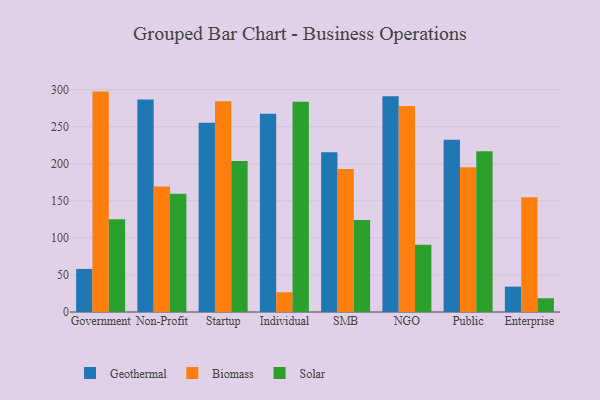
{"axis": {"x": "Segment", "y": "Waste Production (Tons)"}, "legend": ["Biomass", "Geothermal", "Solar"], "data": [{"x": "Government", "y": 58.1, "type": "Geothermal"}, {"x": "Government", "y": 297.4, "type": "Biomass"}, {"x": "Government", "y": 125.0, "type": "Solar"}, {"x": "Non-Profit", "y": 286.9, "type": "Geothermal"}, {"x": "Non-Profit", "y": 169.2, "type": "Biomass"}, {"x": "Non-Profit", "y": 159.5, "type": "Solar"}, {"x": "Startup", "y": 255.4, "type": "Geothermal"}, {"x": "Startup", "y": 284.3, "type": "Biomass"}, {"x": "Startup", "y": 203.6, "type": "Solar"}, {"x": "Individual", "y": 267.4, "type": "Geothermal"}, {"x": "Individual", "y": 26.7, "type": "Biomass"}, {"x": "Individual", "y": 283.7, "type": "Solar"}, {"x": "SMB", "y": 215.5, "type": "Geothermal"}, {"x": "SMB", "y": 192.8, "type": "Biomass"}, {"x": "SMB", "y": 124.3, "type": "Solar"}, {"x": "NGO", "y": 291.0, "type": "Geothermal"}, {"x": "NGO", "y": 278.0, "type": "Biomass"}, {"x": "NGO", "y": 90.7, "type": "Solar"}, {"x": "Public", "y": 232.4, "type": "Geothermal"}, {"x": "Public", "y": 195.4, "type": "Biomass"}, {"x": "Public", "y": 216.9, "type": "Solar"}, {"x": "Enterprise", "y": 34.2, "type": "Geothermal"}, {"x": "Enterprise", "y": 154.9, "type": "Biomass"}, {"x": "Enterprise", "y": 18.6, "type": "Solar"}]}